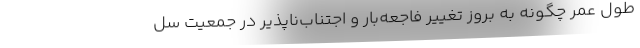
طول عمر چگونه به بروز تغییر فاجعه‌بار و اجتناب‌ناپذیر در جمعیت سل